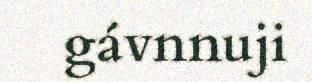
gávnnuji